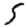
Digit: 5